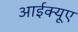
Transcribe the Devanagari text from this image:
आईक्यूए